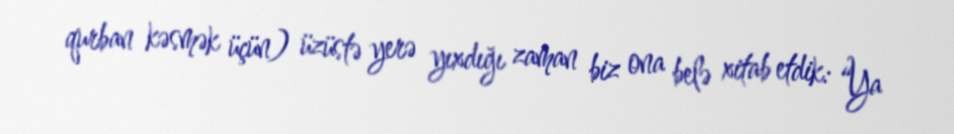
qurban kəsmək üçün) üzüstə yerə yıxdığı zaman biz ona belə xitab etdik: “Ya